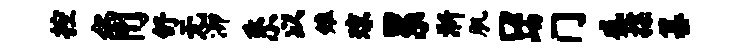
控角舒无泖系以雉琼累淅肌口岫门盛揲纂